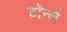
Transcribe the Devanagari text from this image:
डॉर्न्ले